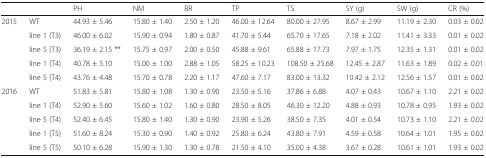
<table><thead><tr><td></td><td></td><td><b>PH</b></td><td><b>NM</b></td><td><b>BR</b></td><td><b>TP</b></td><td><b>TS</b></td><td><b>SY (g)</b></td><td><b>SW (g)</b></td><td><b>CR (%)</b></td></tr></thead><tbody><tr><td rowspan="5">2015</td><td>WT</td><td>44.93 ± 5.46</td><td>15.80 ± 1.40</td><td>2.50 ± 1.20</td><td>46.00 ± 12.64</td><td>80.00 ± 27.95</td><td>8.67 ± 2.99</td><td>11.19 ± 2.30</td><td>0.03 ± 0.02</td></tr><tr><td>line 1 (T3)</td><td>46.00 ± 6.02</td><td>15.90 ± 0.94</td><td>1.80 ± 0.87</td><td>41.70 ± 5.44</td><td>65.70 ± 17.65</td><td>7.18 ± 2.02</td><td>11.41 ± 3.33</td><td>0.01 ± 0.02</td></tr><tr><td>line 5 (T3)</td><td>36.19 ± 2.15 **</td><td>15.75 ± 0.97</td><td>2.00 ± 0.50</td><td>45.88 ± 9.61</td><td>65.88 ± 17.73</td><td>7.97 ± 1.75</td><td>12.35 ± 1.31</td><td>0.01 ± 0.02</td></tr><tr><td>line 1 (T4)</td><td>40.78 ± 5.10</td><td>15.00 ± 1.00</td><td>2.88 ± 1.05</td><td>58.25 ± 10.23</td><td>108.50 ± 25.68</td><td>12.45 ± 2.87</td><td>11.63 ± 1.89</td><td>0.02 ± 0.01</td></tr><tr><td>line 5 (T4)</td><td>43.76 ± 4.48</td><td>15.70 ± 0.78</td><td>2.20 ± 1.17</td><td>47.60 ± 7.17</td><td>83.00 ± 13.32</td><td>10.42 ± 2.12</td><td>12.56 ± 1.57</td><td>0.01 ± 0.02</td></tr><tr><td rowspan="5">2016</td><td>WT</td><td>51.83 ± 5.81</td><td>15.80 ± 1.08</td><td>1.30 ± 0.90</td><td>23.50 ± 5.16</td><td>37.86 ± 6.88</td><td>4.07 ± 0.43</td><td>10.67 ± 1.10</td><td>2.21 ± 0.02</td></tr><tr><td>line 1 (T4)</td><td>52.90 ± 5.60</td><td>15.60 ± 1.02</td><td>1.60 ± 0.80</td><td>28.50 ± 8.05</td><td>46.30 ± 12.20</td><td>4.88 ± 0.93</td><td>10.78 ± 0.95</td><td>1.93 ± 0.02</td></tr><tr><td>line 5 (T4)</td><td>52.40 ± 6.45</td><td>15.80 ± 1.40</td><td>1.30 ± 0.90</td><td>23.90 ± 5.26</td><td>38.50 ± 7.35</td><td>4.01 ± 0.54</td><td>10.73 ± 1.10</td><td>2.21 ± 0.02</td></tr><tr><td>line 1 (T5)</td><td>51.60 ± 8.24</td><td>15.30 ± 0.90</td><td>1.40 ± 0.92</td><td>25.80 ± 6.24</td><td>43.80 ± 7.91</td><td>4.59 ± 0.58</td><td>10.64 ± 1.01</td><td>1.95 ± 0.02</td></tr><tr><td>line 5 (T5)</td><td>50.10 ± 6.28</td><td>15.90 ± 1.30</td><td>1.30 ± 0.78</td><td>21.50 ± 4.10</td><td>35.00 ± 4.38</td><td>3.67 ± 0.28</td><td>10.61 ± 1.01</td><td>1.93 ± 0.02</td></tr></tbody></table>